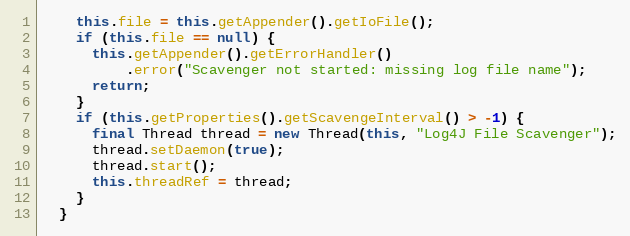
Language: Java
    this.file = this.getAppender().getIoFile();
    if (this.file == null) {
      this.getAppender().getErrorHandler()
          .error("Scavenger not started: missing log file name");
      return;
    }
    if (this.getProperties().getScavengeInterval() > -1) {
      final Thread thread = new Thread(this, "Log4J File Scavenger");
      thread.setDaemon(true);
      thread.start();
      this.threadRef = thread;
    }
  }